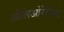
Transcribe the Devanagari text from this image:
ओलिओरेज़िन